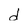
Character: d